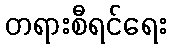
တရားစီရင်ရေး